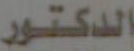
الدكتور